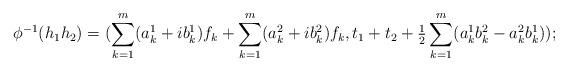
LaTeX: \begin{align*}\phi^{-1}(h_1h_2)=(\sum^m_{k=1} (a^1_k +ib^1_k ) f_k+\sum^m_{k=1} (a^2_k +ib^2_k ) f_k, t_1+t_2+\tfrac{1}{2}\sum_{k=1}^m (a_k^1 b_k^2-a_k^2b_k^1));\end{align*}